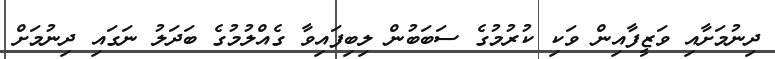
ދިނުމަށާއި ވަޒީފާއިން ވަކި ކުރުމުގެ ސަބަބުން ލިބިފައިވާ ގެއްލުމުގެ ބަދަލު ނަގައި ދިނުމަށް